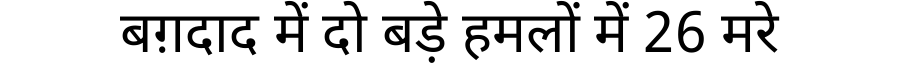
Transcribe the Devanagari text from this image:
बग़दाद में दो बड़े हमलों में 26 मरे